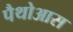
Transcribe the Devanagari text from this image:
पैथोआस